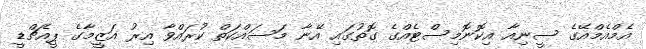
އެމްއެމްއޭގެ ސީނިއާ އިކޮނޮމިސްޓެއްގެ ގޮތުގައި އޭނާ މަސައްކަތް ކުރައްވާ އިރު އަޒީމާގެ ޕީއެޗްޑީ